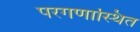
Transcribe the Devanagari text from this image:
परगणास्थित